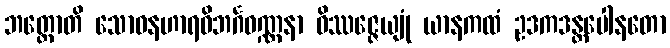
ဘတ္တောတိ သောဓနဟာရဝိဘင်္ဂဝဏ္ဏနာ ဝိဿဇ္ဇေယျုံ ယာနကထံ ဥဒကဒန္တပေါနတော